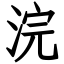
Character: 浣